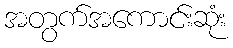
အတွက်အကောင်းဆုံး